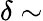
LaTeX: \delta\sim